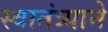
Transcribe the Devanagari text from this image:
स्वातंत्र्याने